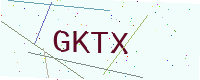
Text: GKTX